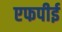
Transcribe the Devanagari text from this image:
एफपीई